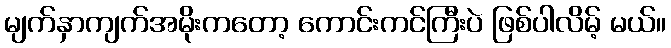
မျက်နှာကျက်အမိုးကတော့ ကောင်းကင်ကြီးပဲ ဖြစ်ပါလိမ့် မယ်။